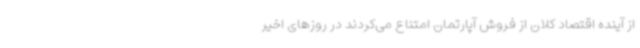
از آینده اقتصاد کلان از فروش آپارتمان امتناع می‌کردند در روزهای اخیر